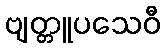
ဗျတ္တူပသေဝီ